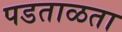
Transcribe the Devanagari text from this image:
पडताळता